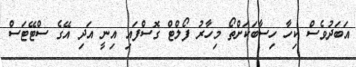
އަބަދުވެސް ކިހާ ހިސާބަކަށްތޯ މިހާރު ފޯލްޓް ގޮސްފައި އިނީ އަދި އޭގެ ސްޓޭޓަސް